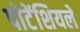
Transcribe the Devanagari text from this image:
पोटेंशियलें